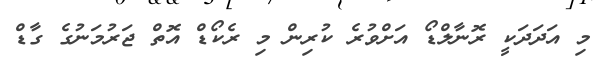
މި އަދަދަކީ ރޮނާލްޑޯ އަށްވުރެ ކުރިން މި ރެކޯޑް އޮތް ޖަރުމަނުގެ ގާޑް